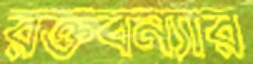
রক্তবন্যার